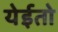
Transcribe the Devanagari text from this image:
येईतो